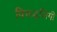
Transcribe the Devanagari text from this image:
विरूद्धलिंगी